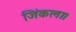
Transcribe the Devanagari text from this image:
जिंकला।